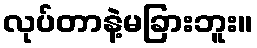
လုပ်တာနဲ့မခြားဘူး။